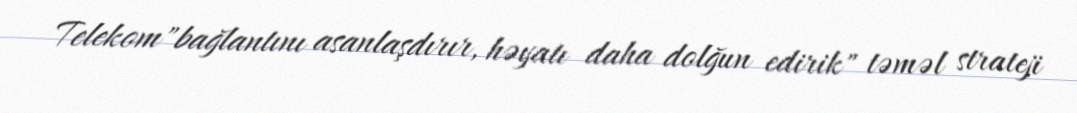
Telekom"bağlantını asanlaşdırır, həyatı daha dolğun edirik" təməl strateji